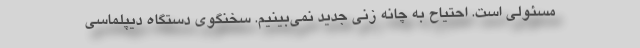
مسئولی است. احتیاح به چانه زنی جدید نمی‌بینیم. سخنگوی دستگاه دیپلماسی